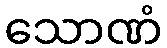
သောဏံ